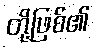
တို့ဖြစ်၏